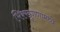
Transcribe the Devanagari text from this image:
भिक्खूगणामध्ये